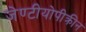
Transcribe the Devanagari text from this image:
जेण्टीयोपीक्रीन